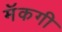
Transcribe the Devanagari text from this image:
मॅकगी